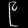
Digit: ၉